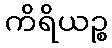
ကိရိယဉ္စ